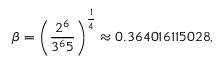
\beta = \left( { \frac { 2 ^ { 6 } } { 3 ^ { 6 } 5 } } \right) ^ { \frac { 1 } { 4 } } \approx 0 . 3 6 4 0 1 6 1 1 5 0 2 8 ,